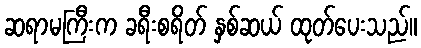
ဆရာမကြီးက ခရီးစရိတ် နှစ်ဆယ် ထုတ်ပေးသည်။